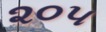
૨૦૫